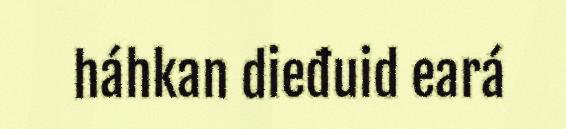
háhkan dieđuid eará